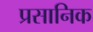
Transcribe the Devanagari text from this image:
प्रसानिक